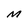
Character: M